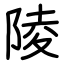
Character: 陵